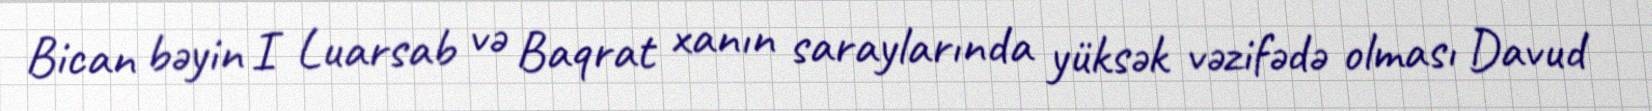
Bican bəyin I Luarsab və Baqrat xanın saraylarında yüksək vəzifədə olması Davud